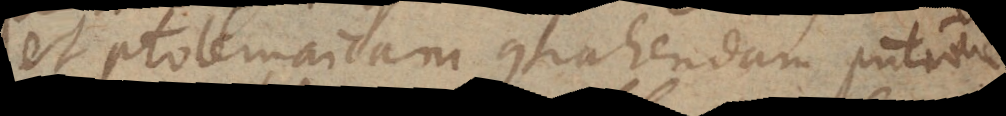
et Ptolemaicam contrahendam putavere